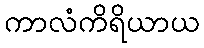
ကာလံကိရိယာယ